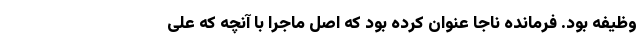
وظیفه بود. فرمانده ناجا عنوان کرده بود که اصل ماجرا با آنچه که علی